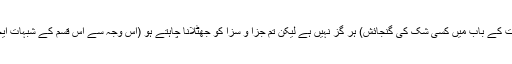
(اس خدا کی قدرت کے باب میں کسی شک کی گنجائش) ہر گز نہیں ہے لیکن تم جزا و سزا کو جھٹلانا چاہتے ہو (اس وجہ سے اس قسم کے شبہات ایجاد کر رہے ہو)۔